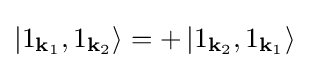
\left|1_{\mathbf {k} _{1}},1_{\mathbf {k} _{2}}\right\rangle =+\left|1_{\mathbf {k} _{2}},1_{\mathbf {k} _{1}}\right\rangle